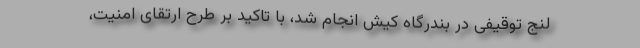
لنج توقیفی در بندرگاه کیش انجام شد، با تاکید بر طرح ارتقای امنیت،